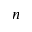
n